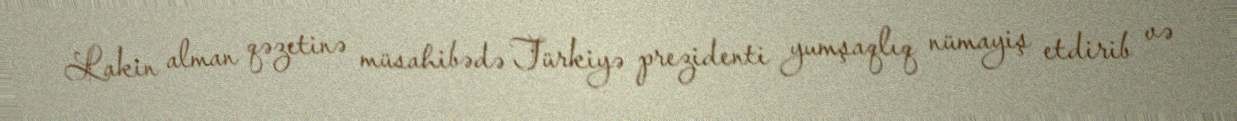
Lakin alman qəzetinə müsahibədə Türkiyə prezidenti yumşaqlıq nümayiş etdirib və